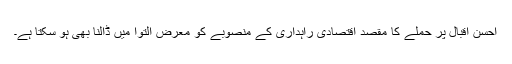
احسن اقبال پر حملے کا مقصد اقتصادی راہداری کے منصوبے کو معرض التوا میں ڈالنا بھی ہو سکتا ہے۔